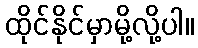
ထိုင်နိုင်မှာမို့လို့ပါ။